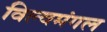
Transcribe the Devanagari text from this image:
विल्वमंगल